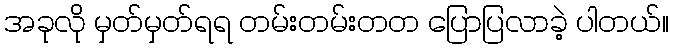
အခုလို မှတ်မှတ်ရရ တမ်းတမ်းတတ ပြောပြလာခဲ့ ပါတယ်။